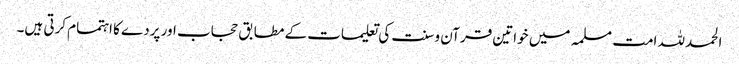
الحمدللہ امت مسلمہ میں خواتین قرآن و سنت کی تعلیمات کے مطابق حجاب اور پردے کا اہتمام کرتی ہیں۔